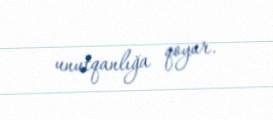
unutqanlığa qoyur.